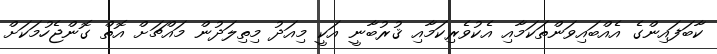
ކާބަފައިންގެ އެއްބައިވަންތަކަމާއި އެކުވެރިކަމާއި ޤުރުބާނީ އަކީ މިއަދު މިތިލަދުން މައްޗަށް އޮތް ގޮންޖެހުމަކަށް